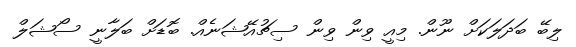
ލިބޭ ބަދަލަކަށް ނޫން. މިއީ ވިން ވިން ސިޗުއޭޝަނެއް. ބޮޑަށް ބަލާނީ ސޯޝަލް